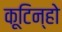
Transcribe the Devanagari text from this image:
कूटिन्हो